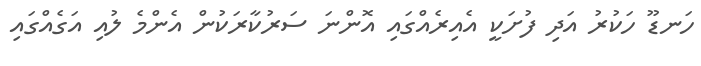
ހަނޑޫ ހަކުރު އަދި ފުށަކީ އެއިރެއްގައި އޮންނަ ސަރުކާރަކުން އެންމެ ލުއި އަގެއްގައި